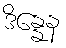
ဒိန္နေန